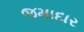
જમાદાર